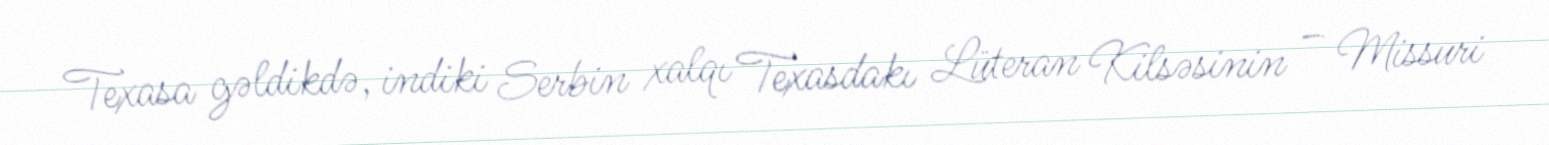
Texasa gəldikdə, indiki Serbin xalqı Texasdakı Lüteran Kilsəsinin – Missuri